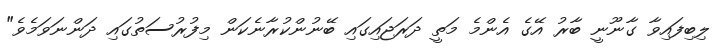
ލިބިފައިވާ ގާނޫނީ ބާރު އޭގެ އެންމެ މަތީ ދަރަޖައިގައި ބޭނުންކުރާނެކަން މިފުރުސަތުގައި ދަންނަވަމެވެ"